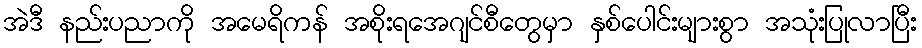
အဲဒီ နည်းပညာကို အမေရိကန် အစိုးရအေဂျင်စီတွေမှာ နှစ်ပေါင်းများစွာ အသုံးပြုလာပြီး